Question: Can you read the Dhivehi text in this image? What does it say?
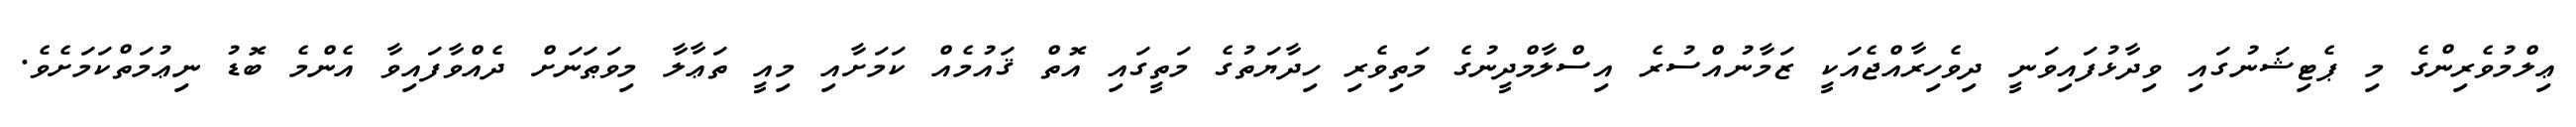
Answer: ޢިލްމުވެރިންގެ މި ޕެޓިޝަނުގައި ވިދާޅުފައިވަނީ ދިވެހިރާއްޖެއަކީ ޒަމާނުއްސުރެ އިސްލާމްދީނުގެ މަތިވެރި ހިދާޔަތުގެ މަތީގައި އޮތް ޤައުމެއް ކަމަށާއި މިއީ ތަޢާލާ މިވަޠަނަށް ދެއްވާފައިވާ އެންމެ ބޮޑު ނިޢުމަތްކަމަށެވެ.